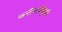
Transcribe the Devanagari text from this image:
खरीदारीसूची